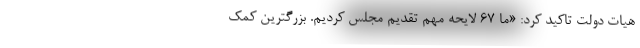
هیات دولت تاکید کرد: «ما ۶۷ لایحه مهم تقدیم مجلس کردیم. بزرگترین کمک